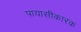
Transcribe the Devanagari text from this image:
पायासीकारक